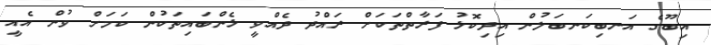
އިބޫގެ އަނބިކަނބަލުން އިދިކޮޅު ފަރާތްތަކަށް ރައްދު ދެއްވީ ޅެންބައިތަކުން ކަމަށް ވުން އެއީ